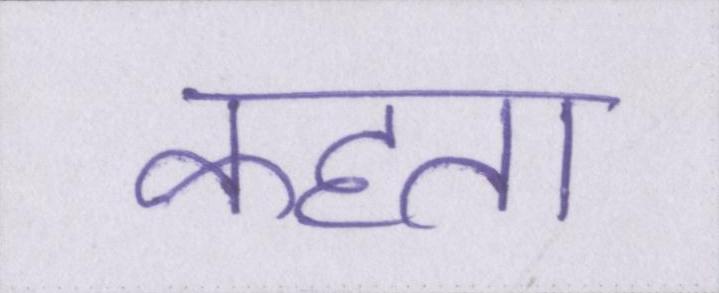
कहता